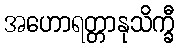
အဟောရတ္တာနုသိက္ခီ